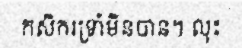
កសិករទ្រាំមិនបាន។ លុះ